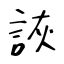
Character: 詼